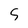
Character: 5